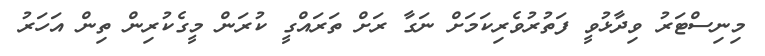
މިނިސްޓަރު ވިދާޅުވީ ފަތުރުވެރިކަމަށް ނަގާ ރަށް ތަރައްގީ ކުރަން މީގެކުރިން ތިން އަހަރު